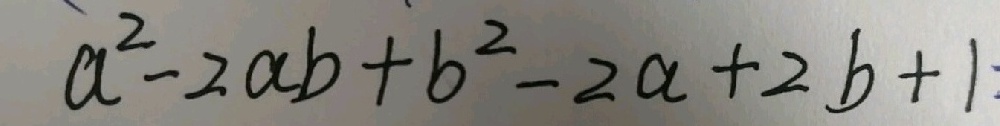
a ^ { 2 } - 2 a b + b ^ { 2 } - 2 a + 2 b + 1